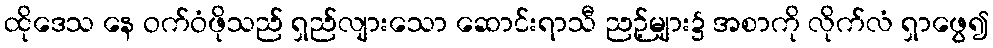
ထိုဒေသ နေ ဝက်ဝံဖိုသည် ရှည်လျားသော ဆောင်းရာသီ ညဉ့်များ၌ အစာကို လိုက်လံ ရှာဖွေ၍